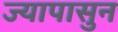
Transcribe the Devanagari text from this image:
ज्यापासुन